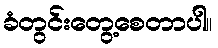
ခံတွင်းတွေ့စေတာပါ။